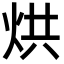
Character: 烘